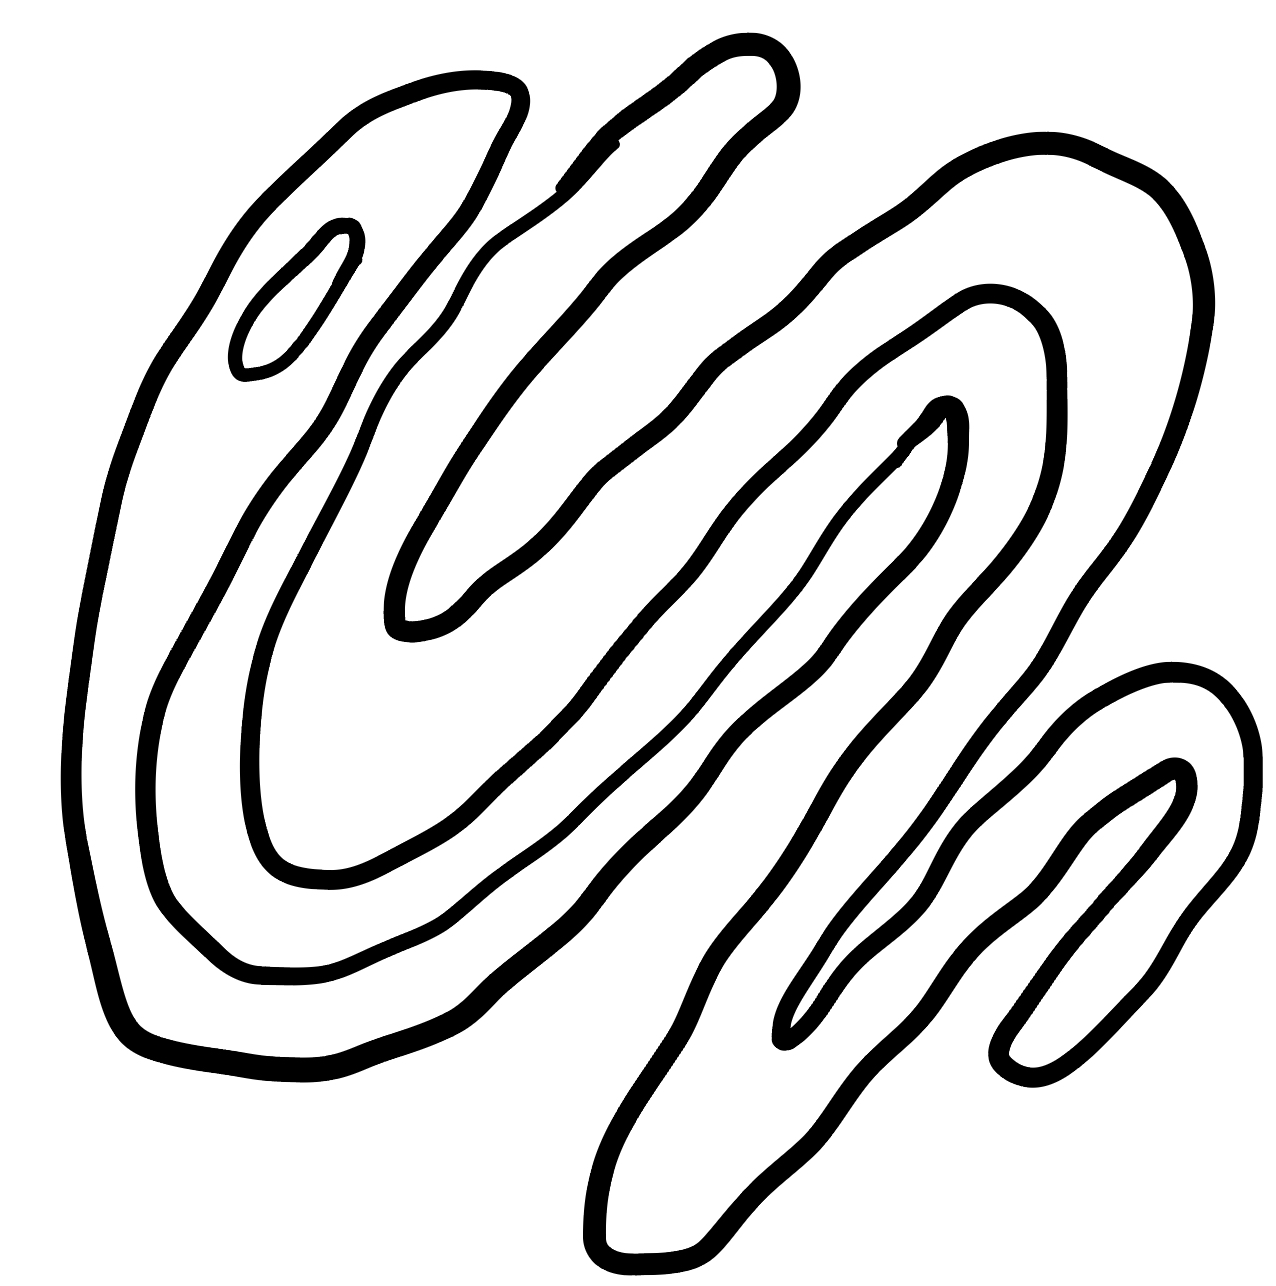
Number of regions (including the outer root region): 4
Containment tree edges (parent, child): 0, 1, 0, 3, 1, 2